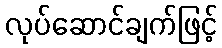
လုပ်ဆောင်ချက်ဖြင့်